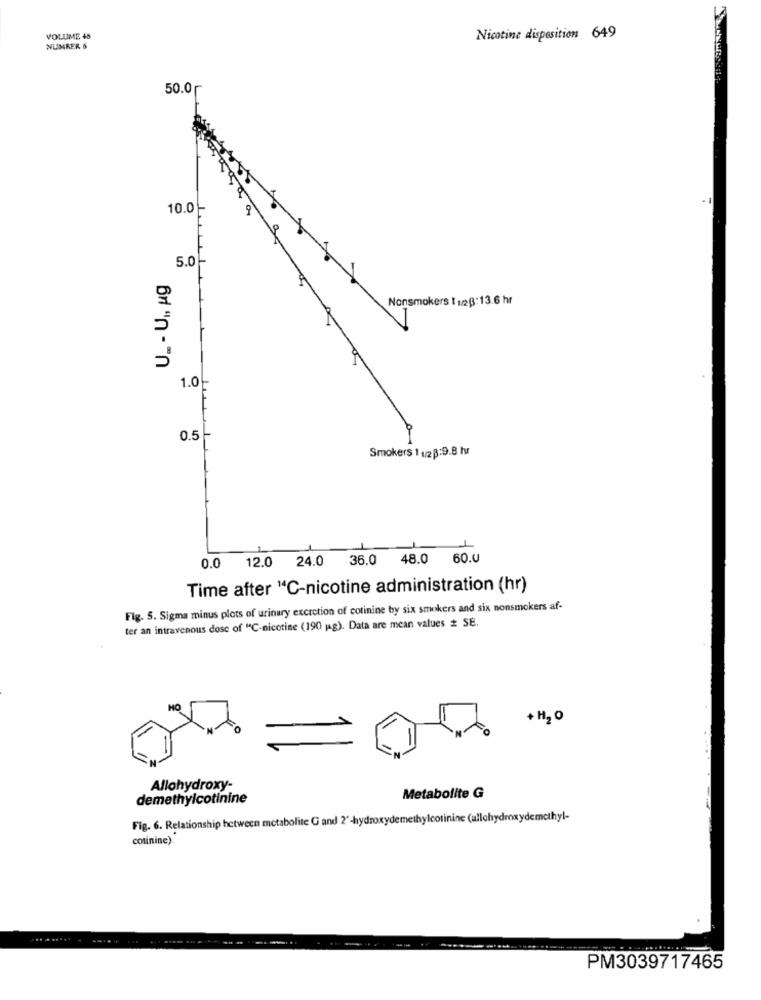
VOLUME 48
Nicotine disposition 649
NUMRER 6
50.0 г
- 1
10.0 -
5.0-
U_ - UI, ug
Nonsmokers [ 1223:13.6 hr
1.0
0.5
Smokers 1 u2 B:9.8 hvr
0.0 12.0 24.0 36.0 48.0 60.0
Time after "C-nicotine administration (hr)
Fig. 5. Sigma minus plots of urinary excretion of cotinine by six smokers and six nonsmokers af-
ter an intravenous dose of "C-nicotine (190 g). Data are mean values # SE.
HO
+ H2 O
Allohydroxy-
demethylcotinine
Metabolite G
Fig. 6. Relationship between metabolite G and 2'-hydroxydemethylcotinine (allohydroxydemethyl-
colinine).
... ......
PM3039717465